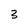
Character: 3